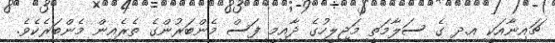
ޗައިނާއަކީ އ.ދ ގެ ސަލާމަތީ މަޖިލީހުގެ ދާއިމީ ފަސް މެންބަރުންގެ ތެރެއިން މެންބަރެކެވެ.